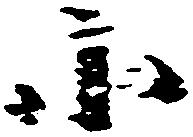
小